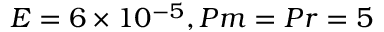
E = 6 \times 1 0 ^ { - 5 } , P m = P r = 5